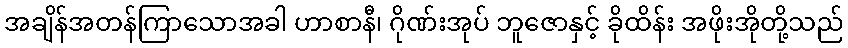
အချိန်အတန်ကြာသောအခါ ဟာစာနီ၊ ဂိုဏ်းအုပ် ဘူဇောနှင့် ခိုထိန်း အဖိုးအိုတို့သည်